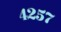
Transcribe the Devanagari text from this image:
४२५७